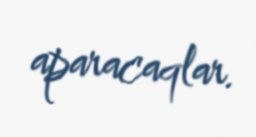
aparacaqlar.